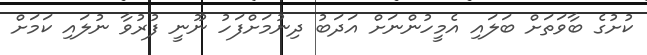
ކުށުގެ ބާވަތަށް ބަލައި އެމީހުންނަށް އަދަބު ދިނުމަށްފަހު ނޫނީ ފުރުވާ ނުލައި ކަމަށް